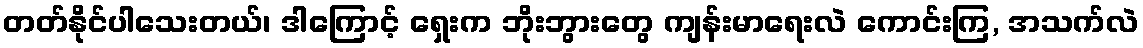
တတ်နိုင်ပါသေးတယ်၊ ဒါကြောင့် ရှေးက ဘိုးဘွားတွေ ကျန်းမာရေးလဲ ကောင်းကြ, အသက်လဲ